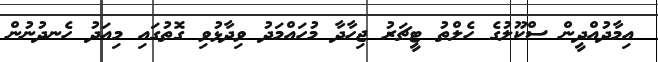
އިމާދުއްދީން ސްކޫލުގެ ހެލްތު ޓީޗަރު ޖިހާދާ މުހައްމަދު ވިދާޅުވި ގޮތުގައި މިއަދު ހެނދުނުން